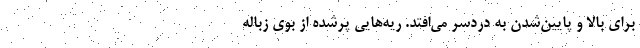
برای بالا و پایین‌شدن به دردسر می‌افتد. ریه‌هایی پُرشده از بوی زباله